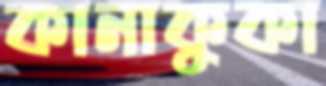
কানাকুকা